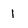
Character: 1